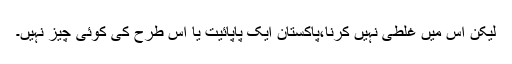
لیکن اس میں غلطی نہیں کرنا،پاکستان ایک پاپائیت یا اس طرح کی کوئی چیز نہیں۔